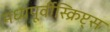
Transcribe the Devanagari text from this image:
मध्यपूर्वीस्क्रिप्ट्स